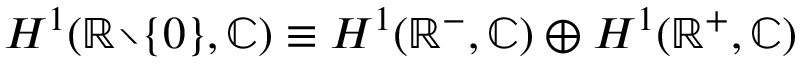
H ^ { 1 } ( \mathbb { R } \! \setminus \! \{ 0 \} , \mathbb { C } ) \equiv H ^ { 1 } ( \mathbb { R } ^ { - } , \mathbb { C } ) \oplus H ^ { 1 } ( \mathbb { R } ^ { + } , \mathbb { C } )